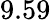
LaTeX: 9.59